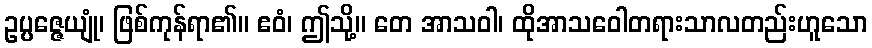
ဥပ္ပဇ္ဇေယျုံ၊ ဖြစ်ကုန်ရာ၏။ ဧဝံ၊ ဤသို့။ တေ အာသဝါ၊ ထိုအာသဝေါတရားသာလတည်းဟူသော